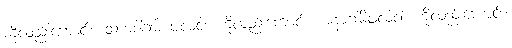
ကိုလည်းကောင်း။ သကဒါဂါမိ ဖလံဝါ၊ ကိုလည်းကောင်း။ အနာဂါမိဖလံဝါ၊ ကိုလည်းကောင်း။